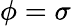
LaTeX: \phi=\sigma